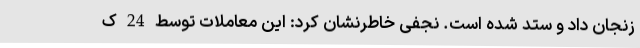
زنجان داد و ستد شده است. نجفی خاطرنشان کرد: این معاملات توسط 24 ک